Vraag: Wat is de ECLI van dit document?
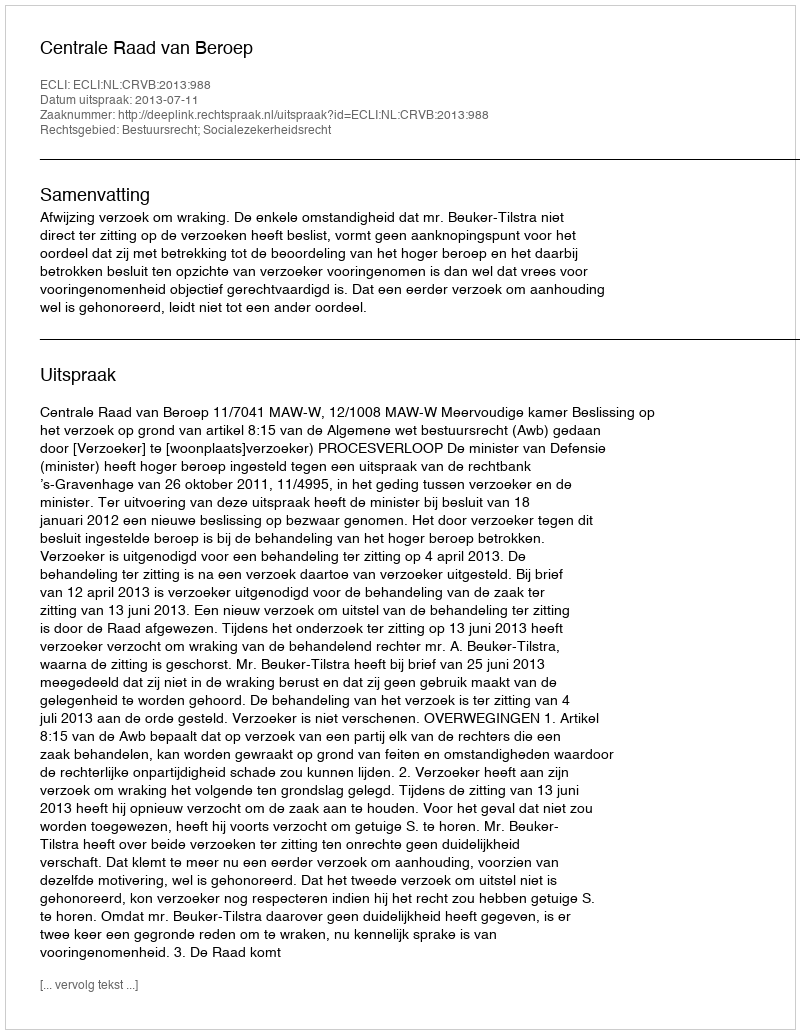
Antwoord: ECLI:NL:CRVB:2013:988